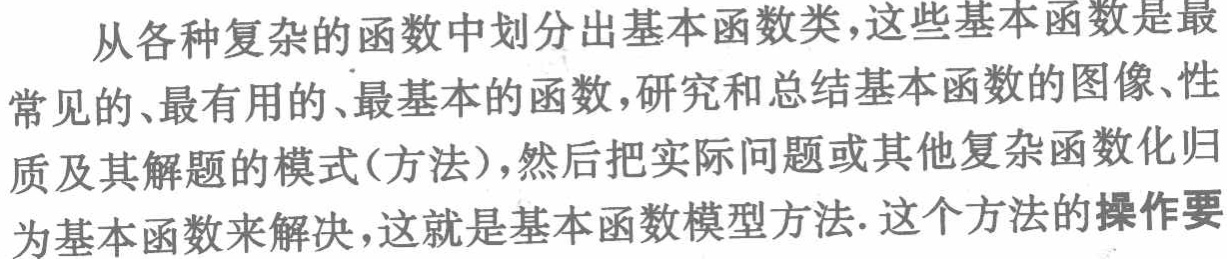
从各种复杂的函数中划分出基本函数类，这些基本函数是最常见的、最有用的、最基本的函数，研究和总结基本函数的图像、性质及其解题的模式(方法)，然后把实际问题或其他复杂函数化归为基本函数来解决，这就是基本函数模型方法. 这个方法的操作要